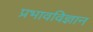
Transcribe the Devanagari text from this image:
प्रभावविज्ञान